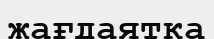
жағдаятка